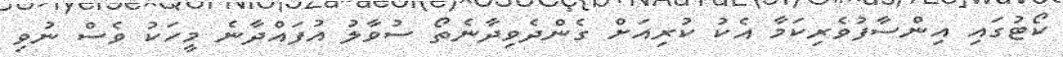
ކޯޓުގައި އިންސާފުވެރިކަމާ އެކު ކުރިއަށް ގެންދެވިދާނެތޯ ސުވާލު އުފައްދާނެ މީހަކު ވެސް ނުވި